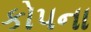
કોપના